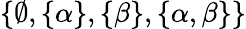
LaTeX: \{ \emptyset,\{ \alpha\} ,\{ \beta\} ,\{ \alpha,\beta\} \}